Indian journal of veterinary science and animal husbandry - Volume 9,
Year: 1939
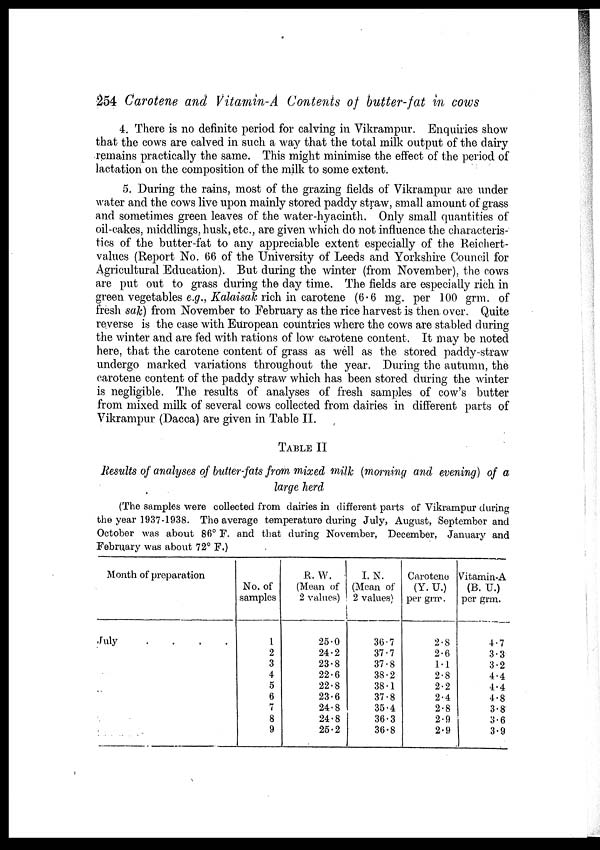
254 Carotene and Vitamin-A Contents of butter-fat in cows
4. There is no definite period for calving in Vikrampur. Enquiries show
that the cows are calved in such a way that the total milk output of the dairy
remains practically the same. This might minimise the effect of the period of
lactation on the composition of the milk to some extent.
5. During the rains, most of the grazing fields of Vikrampur are under
water and the cows live upon mainly stored paddy straw, small amount of grass
and sometimes green leaves of the water-hyacinth. Only small quantities of
oil-cakes, middlings, husk, etc., are given which do not influence the characteris-
tics of the butter-fat to any appreciable extent especially of the Reichert¬
values (Report No. 66 of the University of Leeds and Yorkshire Council for
Agricultural Education). But during the winter (from November), the cows
are put out to grass during the day time. The fields are especially rich in
green vegetables e.g., Kalaisak rich in carotene (6.6 mg. per 100 grm. of
fresh sak) from November to February as the rice harvest is then over. Quite
reverse is the case with European countries where the cows are stabled during
the winter and are fed with rations of low carotene content. It may be noted
here, that the carotene content of grass as well as the stored paddy-straw
undergo marked variations throughout the year. During the autumn, the
carotene content of the paddy straw which has been stored during the winter
is negligible. The results of analyses of fresh samples of cow's butter
from mixed milk of several cows collected from dairies in different parts of
Vikrampur (Dacca) are given in Table II.
TABLE II
Results of analyses of butter-fats from mixed milk (morning and evening) of a
large herd
(The samples were collected from dairies in different parts of Vikrampur during
the year 1937-1938. The average temperature during July, August, September and
October was about 86° F. and that during November, December, January and
February was about 72° F.)
Month of preparation
July . . . .
No. of
samples
1
2
3
4
5
6
7
8
9
R. W.
(Mean of
2 values)
25.0
24.2
23.8
22.6
22.8
23.6
24.8
24.8
25.2
I. N.
(Mean of
2 values)
36.7
37.7
37.8
38.2
38.1
37.8
35.4
36.3
36.8
Carotene
(Y. U.)
per grm.
2.8
2.6
1.1
2.8
2.2
2.4
2.8
2.9
2.9
Vitamin-A
(B. U.)
per grm.
4.7
3.3
3.2
4.4
4.4
4.8
3.8
3.6
3.9